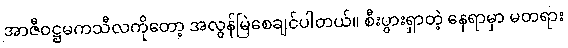
အာဇီဝဋ္ဌမကသီလကိုတော့ အလွန်မြဲစေချင်ပါတယ်။ စီးပွားရှာတဲ့ နေရာမှာ မတရား